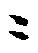
ニ